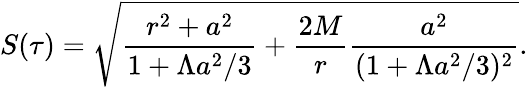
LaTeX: S(\tau)=\sqrt{\frac{r^{2}+a^{2}}{1+\Lambda a^{2}/3}+\frac{2M}{r}\frac{a^{2}}{(1+\Lambda a^{2}/3)^{2}}}.